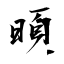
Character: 暊